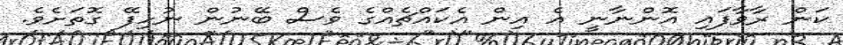
ކަން ރާވާފައި އޮންނާނީ އެ އިން އެކައްޗެއްގެ ވެސް ބޭނުން ނުހިފޭ ގޮތަށެވެ.